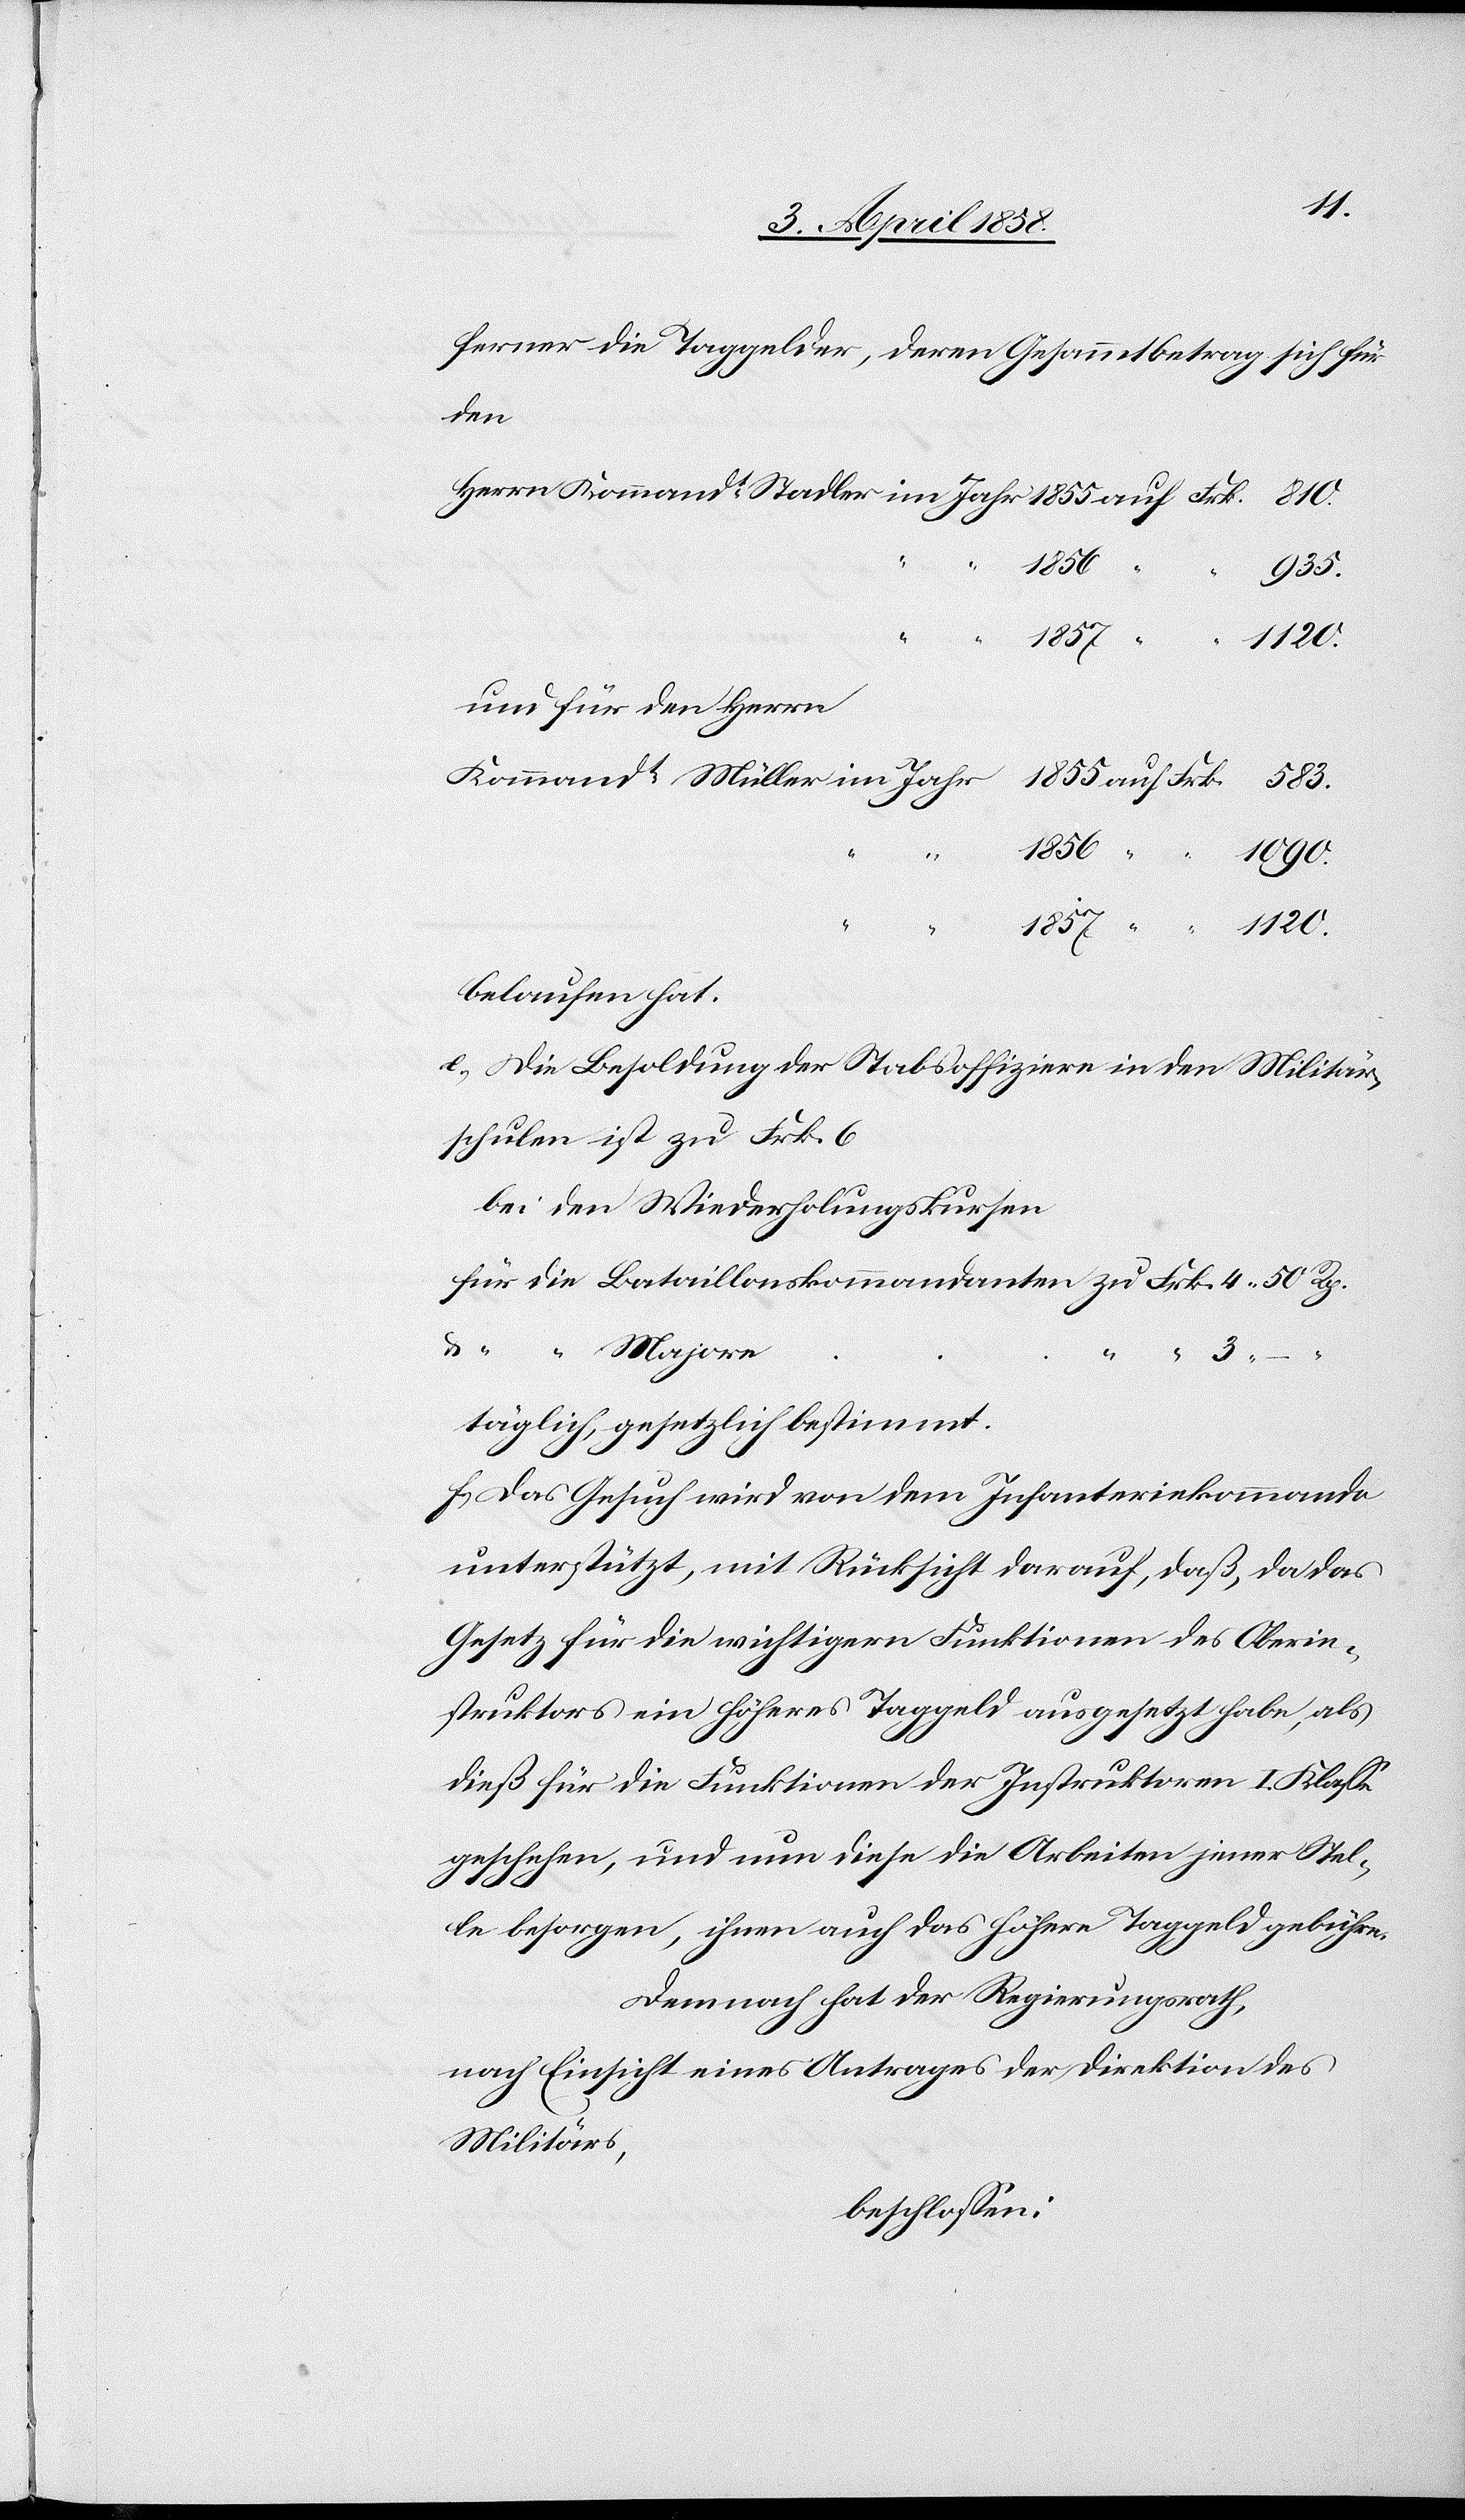
ferner die Taggelder, deren Gesammtbetrag sich für
den
50
u.
1856
1857
1857
1120.
und für den Herrn
1856
1090.
1120.
belaufen hat.
e) Die Besoldung der Stabsoffiziere in den Militär¬
schulen ist zu Frk. 6
bei den Wiederholungskursen
täglich, gesetzlich bestimmt.
f) Das Gesuch wird von dem Infanteriekommando
unterstützt, mit Rücksicht darauf, daß, da das
Gesetz für die wichtigern Funktionen des Oberin¬
struktors ein höheres Taggeld ausgesetzt habe, als
dieß für die Funktionen der Instruktoren I. Klasse
geschehen, und um diese die Arbeiten jener Stel¬
le besorgen, ihnen auch das höhere Taggeld gebühren.
Demnach hat der Regierungsrath,
nach Einsicht eines Antrages der Direktion des
Militärs,
beschlossen: